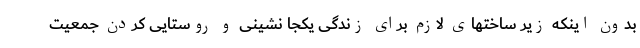
بدون اینکه زیر ساختهای لازم برای زندگی یکجا نشینی و روستایی کردن جمعیت